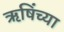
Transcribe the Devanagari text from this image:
ऋषिंच्या